Account of plague administration in the Bombay Presidency from September 1896 till May 1897
Year: 1896
Disease focus: Plague
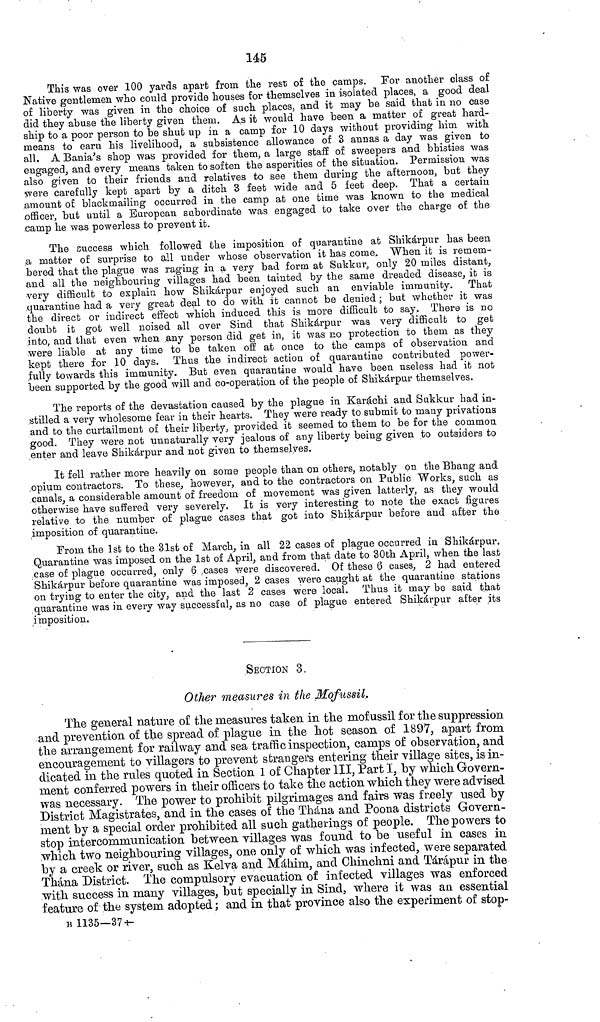
145
This was over 100 yards apart from the rest of the camps. For another class of
Native gentlemen who could provide houses for themselves in isolated places, a good deal
of liberty was given in the choice of such places, and it may be said that in no case
did they abuse the liberty given them. As it would have been a matter of great hard-
ship to a poor person to be shut up in a camp for 10 days without providing him with
means to earn his livelihood, a subsistence allowance of 3 annas a day was given to
all. A Bania's shop was provided for them, a large staff of sweepers and bhisties was
engaged, and every means taken to soften the asperities of the situation. Permission was
also given to their friends and relatives to see them during the afternoon, but they
were carefully kept apart by a ditch 3 feet wide and 5 feet deep. That a certain
amount of blackmailing occurred in the camp at one time was known to the medical
officer, but until a European subordinate was engaged to take over the charge of the
camp he was powerless to prevent it.
The success which followed the imposition of quarantine at Shikárpur has been
a matter of surprise to all under whose observation it has come. When it is remem-
bered that the plague was raging in a very bad form at Sukkur, only 20 miles distant,
and all the neighbouring villages had been tainted by the same dreaded disease, it is
very difficult to explain how Shikárpur enjoyed such an enviable immunity. That
quarantine had a very great deal to do with it cannot be denied ; but whether it was
the direct or indirect effect which induced this is more difficult to say. There is no
doubt it got well noised all over Sind that Shikárpur was very difficult to get
into, and that even when any person did get in, it was no protection to them as they
were liable at any time to be taken off at once to the camps of observation and
kept there for 10 days. Thus the indirect action of quarantine contributed power-
fully towards this immunity. But even quarantine would have been useless had it not
been supported by the good will and co-operation of the people of Shikárpur themselves.
The reports of the devastation caused by the plague in Karachi and Sukkur had in-
stilled a very wholesome fear in their hearts. They were ready to submit to many privations
and to the curtailment of their liberty, provided it seemed to them to be for the common
good. They were not unnaturally very jealous of any liberty being given to outsiders to
enter and leave Shikárpur and not given to themselves.
It fell rather more heavily on some people than on others, notably on the Bhang and
opium contractors. To these, however, and to the contractors 011 Public Works, such as
canals, a considerable amount of freedom of movement was given latterly, as they would
otherwise have suffered very severely. It is very interesting to note the exact figures
relative to the number of plague cases that got into Shikárpur before and after the
imposition of quarantine.
From the 1st to the 31st of March, in all 22 cases of plague occurred in Shikárpur.
Quarantine was imposed on the 1st of April, and from that date to 30th April, when the last
case of plague occurred, only 6 cases were discovered. Of these 6 cases, 2 had entered
Shikárpur before quarantine was imposed, 2 cases were caught at the quarantine stations
on trying to enter the city, and the last 2 cases were local. Thus it may be said that
quarantine was in every way successful, as no case of plague entered Shikárpur after its
imposition.
SECTION 3.
Other measures in the Mofussil,
The general nature of the measures taken in the mofussil for the suppression
and prevention of the spread of plague in the hot season of 1897, apart from
the arrangement for railway and sea traffic inspection, camps of observation, and
encouragement to villagers to prevent strangers entering their village sites, is in-
dicated in the rules quoted in Section 1 of Chapter III, Part I, by which Govern-
ment conferred powers in their officers to take the action which they were advised
was necessary. The power to prohibit pilgrimages and fairs was freely used by
District Magistrates, and in the cases of the Thána and Poona districts Govern-
ment by a special order prohibited all such gatherings of people. The powers to
stop intercommunication between villages was found to be useful in cases in
which two neighbouring villages, one only of which was infected, were separated
by a creek or river, such as Kelva and Máhim, and Chinchni and Tárápur in the
Thána District. The compulsory evacuation of infected villages was enforced
with success in many villages, but specially in Sind, where it was an essential
feature of the system adopted ; and in that province also the experiment of